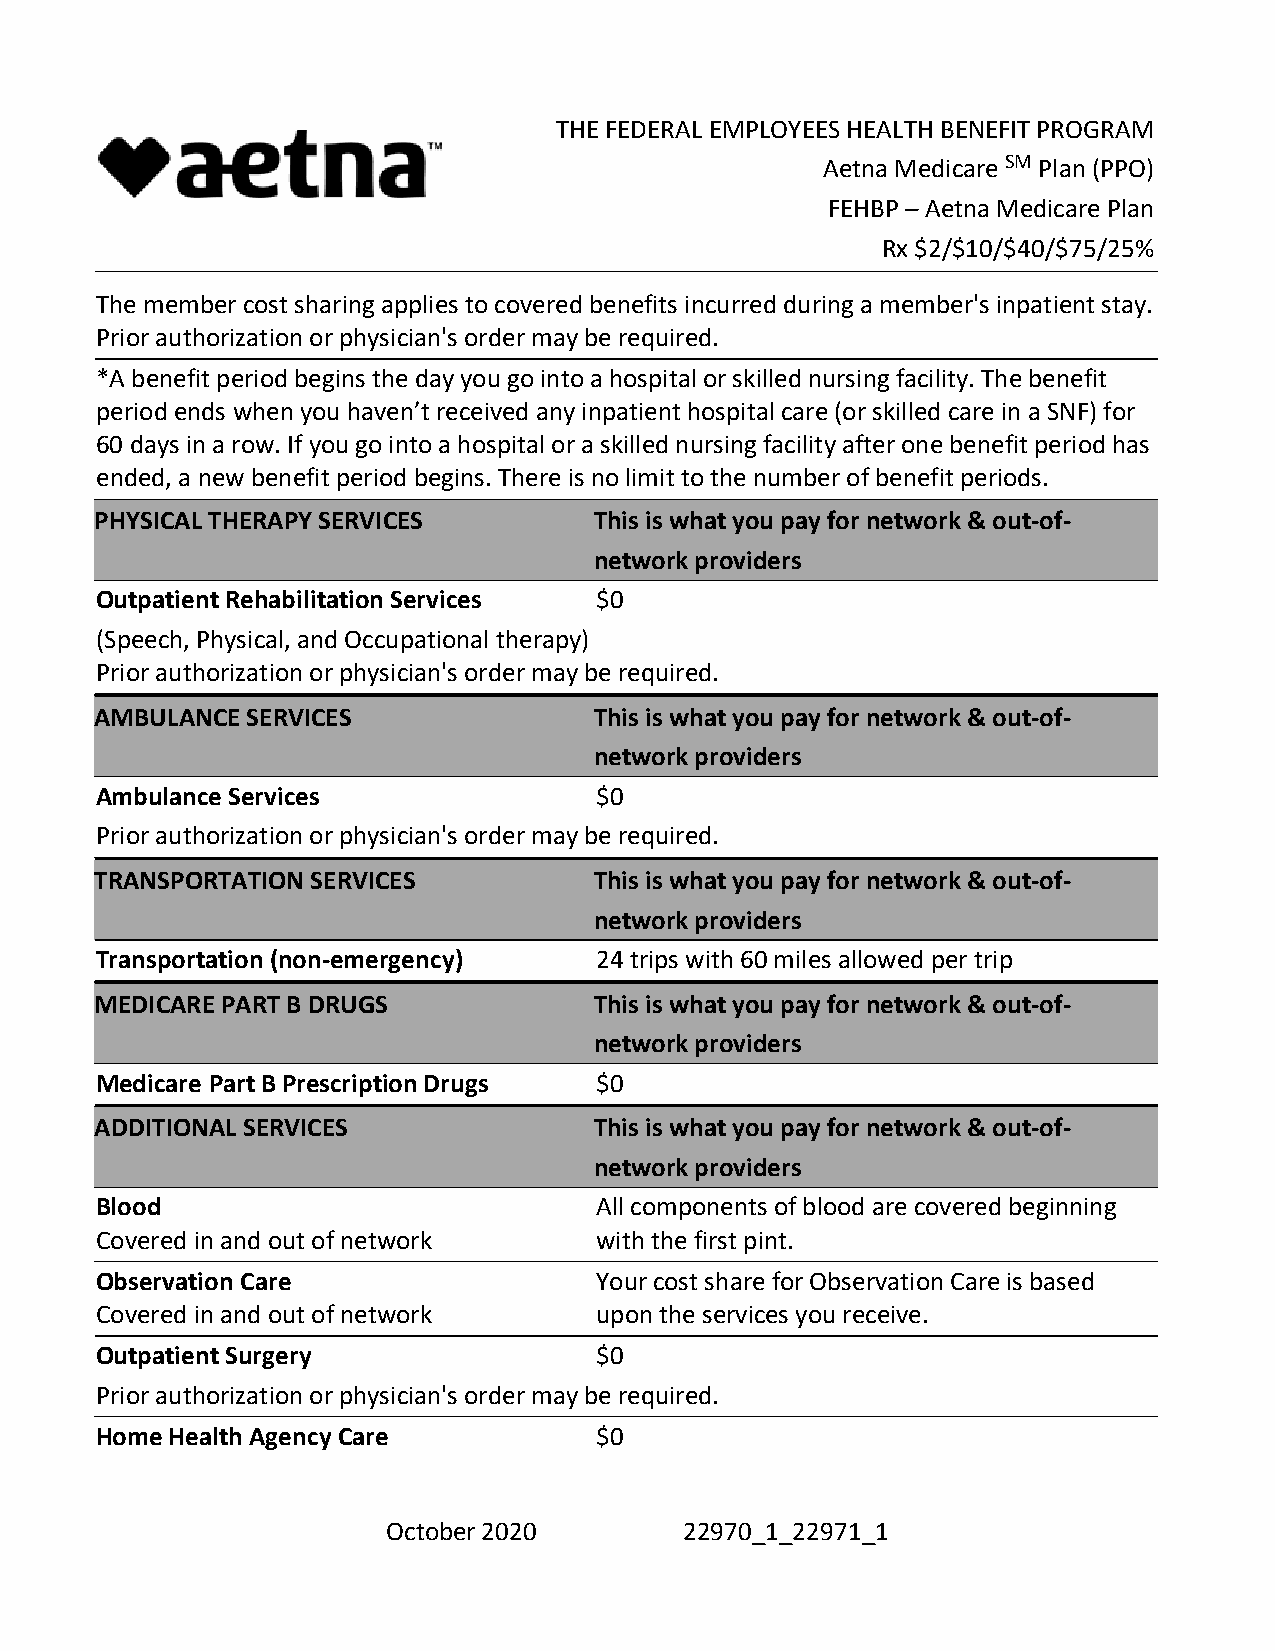
THE FEDERAL EMPLOYEES HEALTH BENEFIT PROGRAM
 Aetna Medicare SM Plan (PPO)
 FEHBP – Aetna Medicare Plan
 Rx $2/$10/$40/$75/25%
 The member cost sharing applies to covered benefits incurred during a member's inpatient stay.
 Prior authorization or physician's order may be required.
 *A benefit period begins the day you go into a hospital or skilled nursing facility. The benefit
 period ends when you haven’t received any inpatient hospital care (or skilled care in a SNF) for
 60 days in a row. If you go into a hospital or a skilled nursing facility after one benefit period has
 ended, a new benefit period begins. There is no limit to the number of benefit periods.
 PHYSICAL THERAPY SERVICES        This is what you pay for network & out-of-
 network providers
 Outpatient Rehabilitation Services $0
 (Speech, Physical, and Occupational therapy)
 Prior authorization or physician's order may be required.
 AMBULANCE SERVICES               This is what you pay for network & out-of-
 network providers
 Ambulance Services               $0
 Prior authorization or physician's order may be required.
 TRANSPORTATION SERVICES          This is what you pay for network & out-of-
 network providers
 Transportation (non-emergency)   24 trips with 60 miles allowed per trip
 MEDICARE PART B DRUGS            This is what you pay for network & out-of-
 network providers
 Medicare Part B Prescription Drugs $0
 ADDITIONAL SERVICES              This is what you pay for network & out-of-
 network providers
 Blood                            All components of blood are covered beginning
 Covered in and out of network    with the first pint.
 Observation Care                 Your cost share for Observation Care is based
 Covered in and out of network    upon the services you receive.
 Outpatient Surgery               $0
 Prior authorization or physician's order may be required.
 Home Health Agency Care          $0
 October 2020       22970_1_22971_1